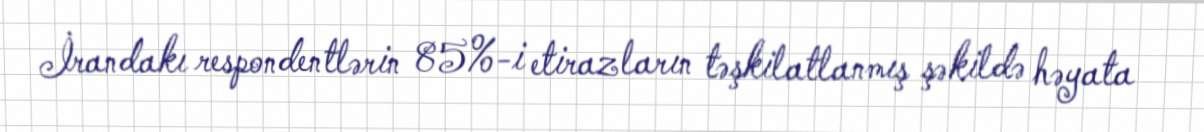
İrandakı respondentlərin 85%-i etirazların təşkilatlanmış şəkildə həyata